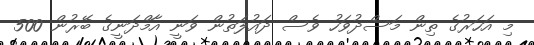
މި އަހަރުގެ ތިން މަސްދުވަހު ވެސް ދައުލަތުން ވަނީ އާމްދަނީގެ ބޭރުން 500